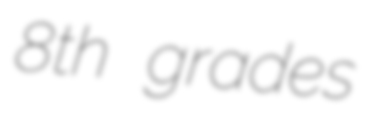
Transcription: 8th grades